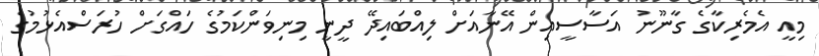
މިއީ އެމެރިކާގެ ގާނޫނު އަސާސީއިން އޭނާއަށް ލިއްބައިދޭ ދީނީ މިނިވަންކަމުގެ ހައްގަށް ހުރަސްއެޅުމުގެ